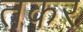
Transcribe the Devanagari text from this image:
तकर